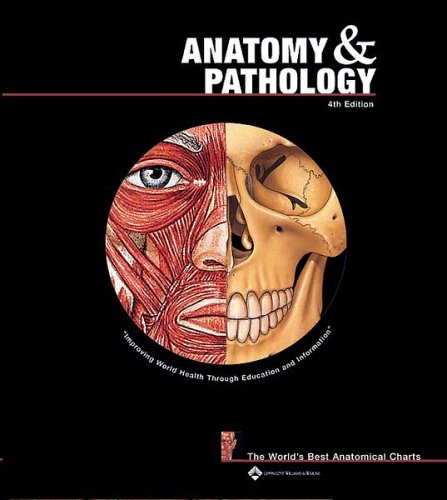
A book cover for Anatomy and Pathology: The World's Best Anatomical Charts (The World's Best Anatomical Chart Series); Anatomical Chart Company; Medical Books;